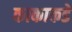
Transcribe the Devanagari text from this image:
काकाकडे